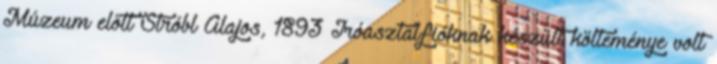
Múzeum előtt Stróbl Alajos, 1893 Íróasztalfióknak készült költeménye volt